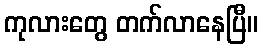
ကုလားတွေ တက်လာနေပြီ။